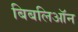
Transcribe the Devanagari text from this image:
बिबलिऑन